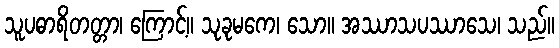
သူပဓာရိတတ္တာ၊ ကြောင့်။ သုခုမကေ၊ သော။ အဿာသပဿာသေ၊ သည်။